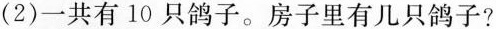
(2)一共有10只鸽子。房子里有几只鸽子?